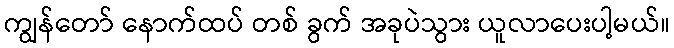
ကျွန်တော် နောက်ထပ် တစ် ခွက် အခုပဲသွား ယူလာပေးပါ့မယ်။